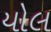
યોલ